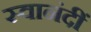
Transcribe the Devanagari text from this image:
स्वानंदीं